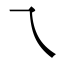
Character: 乁